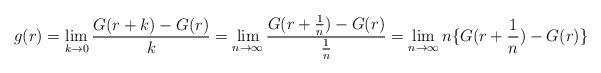
LaTeX: \begin{align*} g(r) &=\lim_{k \rightarrow{0}}\frac{G(r+k)-G(r)}{k} = \lim_{n \rightarrow{\infty}}\frac{G(r+\frac{1}{n})-G(r)}{\frac{1}{n}} = \lim_{n \rightarrow{\infty}} n\{G(r+\frac{1}{n})-G(r)\}\end{align*}